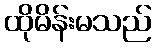
ထိုမိန်းမသည်